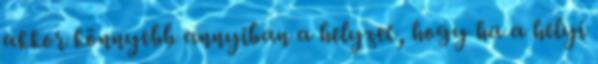
akkor könnyebb annyiban a helyzet, hogy ha a helyi